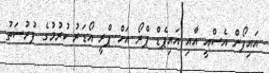
އައިފޯން އެސްއީ އާއި އައިޕެޑް ޕްރޯ އަށް ޕްރީ އޯޑަރު ކުރުމުގެ ފުރުސަތު